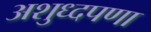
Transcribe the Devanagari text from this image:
अशुध्दपणा